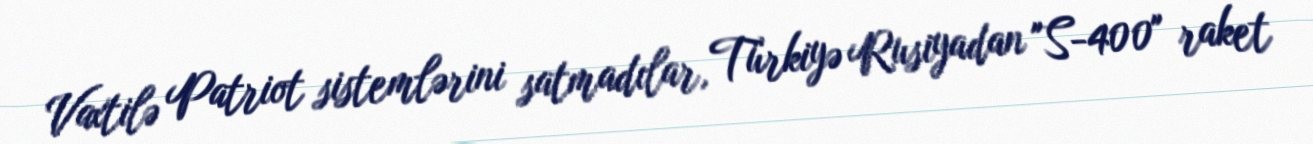
Vaxtilə Patriot sistemlərini satmadılar, Türkiyə Rusiyadan "S-400" raket